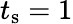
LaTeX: t_{\textrm{s}}=1